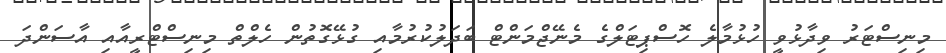
މިނިސްޓަރު ވިދާޅުވީ ހުޅުމާލެ ހޮސްޕިޓަލްގެ މެނޭޖްމަންޓް ބަދަލުކުރުމާއި ގުޅޭގޮތުން ހެލްތް މިނިސްޓްރީއާއި އާސަންދަ